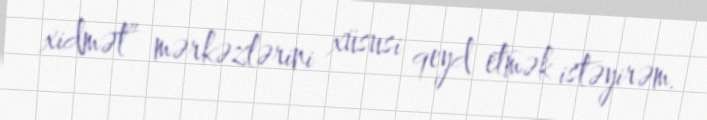
xidmət” mərkəzlərini xüsusi qeyd etmək istəyirəm.